Civil Veterinary Department. Madras. Admin. report 1926-33 - 1926-1933
Year: 1926
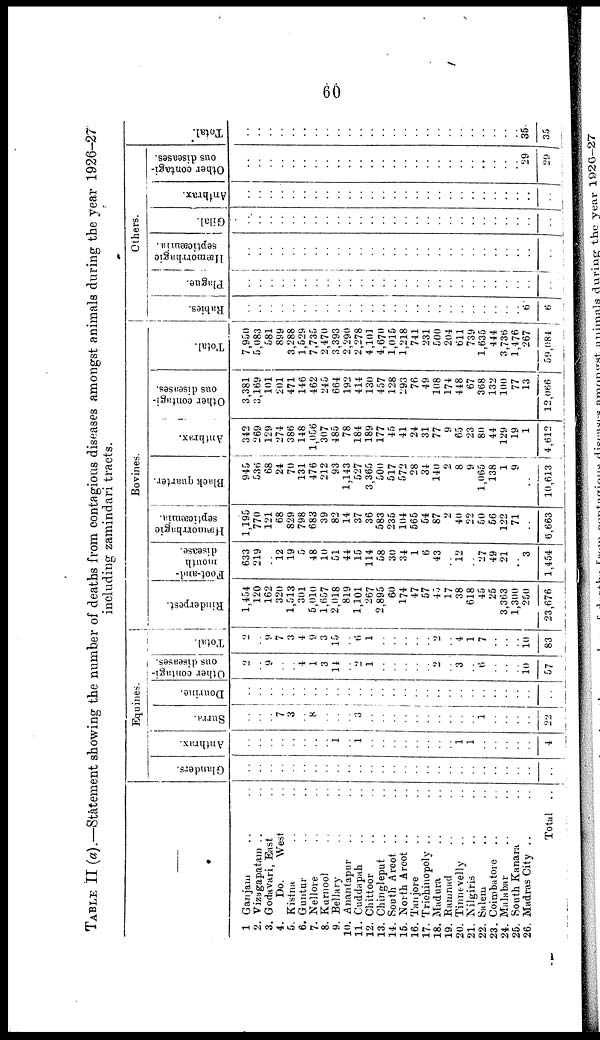
60
TABLE II (a).—Statement showing the number of deaths from contagions diseases amongst animals during the year 1926-27
including zamindari tracts.
—
1 Ganjam .. ..
2. Vizagapatam .. ..
3. Godavari, East .
4.
Do.
West ..
5. Kistna .. ..
6. Guntur .. ..
7. Nellore .. ..
8. Kurnool .. ..
9. Bellary .. ..
10. Anantapur .. ..
11. Cuddapah .. ..
12. Chittoor .. ..
13. Chingleput .. ..
14. South Arcot .. ..
15. North Arcot .. ..
16. Tanjore .. ..
17. Trichinopoly .. ..
18. Madura .. ..
19. Ramnad .. ..
20. Tinnevelly .. ..
21. Nilgiris .. ..
22. Salem .. ..
23. Coimbatoie .. ..
24. Malabar .. ..
25. South Kanara .. ..
26. Madras City .. ..
Total ..
Equines
Glanders.
..
..
..
..
..
..
..
..
..
..
..
..
..
..
..
..
..
..
..
..
..
..
..
..
..
..
..
Anthrax.
..
..
..
..
..
..
..
..
..
..
..
..
..
..
..
..
..
..
..
1
1
..
..
..
..
..
4
Surra.
..
..
..
7
3
..
8
..
..
..
3
..
..
..
..
..
..
..
..
..
..
1
..
..
..
..
22
Dourine.
..
..
..
..
..
..
..
..
..
..
..
..
..
..
..
..
..
..
..
..
..
..
..
..
..
..
..
Other contagi-
ous diseases.
2
..
9
..
..
4
1
3
14
..
2
1
..
..
..
..
..
2
..
3
..
6
..
..
..
10
57
Total.
2
..
..
7
3
4
9
3
15
..
6
1
..
..
..
..
..
2
..
4
1
7
..
..
..
10
83
Bovines.
Rinderpest.
1,454
120
162
320
1,513
301
5,010
1,657
2,018
819
1,101
267
2,895
60
174
47
57
45
17
38
618
45
25
3,363
1,300
250
23,676
Foot-and-
mouth
disease.
633
219
..
12
19
5
48
10
51
44
15
114
58
30
34
1
6
43
..
12
..
27
49
21
..
3
1,454
Hæmorrhagic
septicæmia.
1,195
770
121
68
829
798
683
39
82
14
37
36
583
235
104
565
54
87
2
40
22
50
56
122
71
..
6,663
Black quarter.
945
536
68
24
70
131
476
212
93
1,143
527
3,365
500
517
572
28
34
140
2
8
9
1,065
138
1
9
..
10,613
Anthrax.
342
269
129
274
386
148
1,056
307
485
78
184
189
177
45
41
24
31
77
9
65
23
80
44
129
19
1
4,612
Other contagi-
ous diseases.
3,381
3,169
101
201
471
146
462
245
664
192
414
130
457
128
293
76
49
108
174
448
67
368
132
100
77
13
12,066
Total.
7,950
5,083
581
899
3,288
1,529
7,735
2,470
3,393
2,290
2,278
4,101
4,670
1,015
1,218
741
231
500
204
611
739
1,635
444
3,736
1,476
267
59,084
Others.
Babies.
..
..
..
..
..
..
..
..
..
..
..
..
..
..
..
..
..
..
..
..
..
..
..
..
..
6
6
Plague.
..
..
..
..
..
..
..
..
..
..
..
..
..
..
..
..
..
..
..
..
..
..
..
..
..
..
..
Hæmorrhagic
septicæmia.
..
..
..
..
..
..
..
..
..
..
..
..
..
..
..
..
..
..
..
..
..
..
..
..
..
..
..
Gilal.
..
..
..
..
..
..
..
..
..
..
..
..
..
..
..
..
..
..
..
..
..
..
..
..
..
..
..
Anthrax.
..
..
..
..
..
..
..
..
..
..
..
..
..
..
..
..
..
..
..
..
..
..
..
..
..
..
..
Other contagi-
ous diseases.
..
..
..
..
..
..
..
..
..
..
..
..
..
..
..
..
..
..
..
..
..
..
..
..
..
29
29
Total."
..
..
..
..
..
..
..
..
..
..
..
..
..
..
..
..
..
..
..
..
..
..
..
..
..
35
35